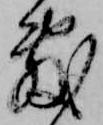
敷